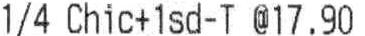
1/4 CHIC+ 1SD-T @ 17.90